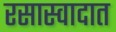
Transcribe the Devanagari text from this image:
रसास्वादात